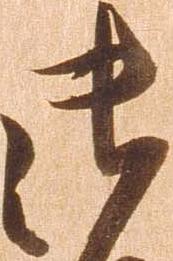
御